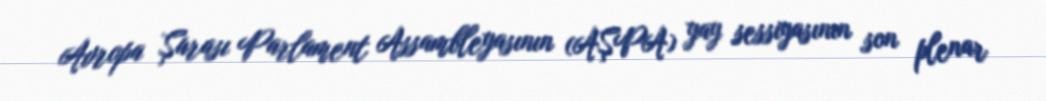
Avropa Şurası Parlament Assambleyasının (AŞPA) yay sessiyasının son plenar